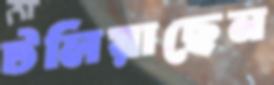
টলিয়াছেন